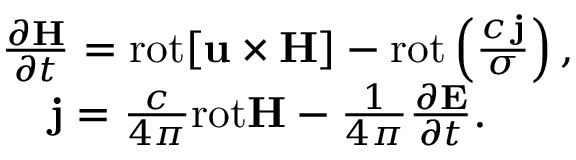
\begin{array} { r } { \frac { \partial { \bf H } } { \partial t } = \mathrm { r o t } { \bf [ u \times { \bf H } ] } - \mathrm { r o t } \left( \frac { c \, { \bf j } } { \sigma } \right) , \quad } \\ { { \bf j } = \frac { c } { 4 \pi } \mathrm { r o t } { \bf H } - \frac { 1 } { 4 \pi } \frac { \partial { \bf E } } { \partial t } . \qquad \quad } \end{array}